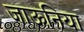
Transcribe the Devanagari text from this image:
जाऊनिया